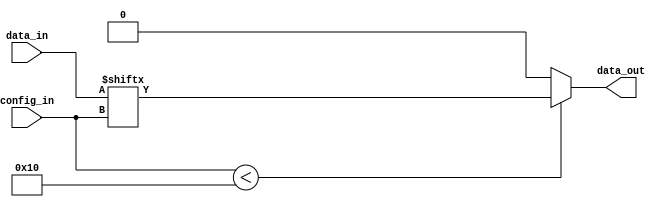
module MultiplexerLUT(
    input [15:0] data_in,
    output data_out,
    input [3:0] config_in
);
    // Dispatch the config 
    wire [3:0] c_selector = config_in[3:0];

    // Synthesizer is probably better than me to infer the best mux
    assign data_out = config_in < 16 ? data_in[c_selector] : 0;
endmodule